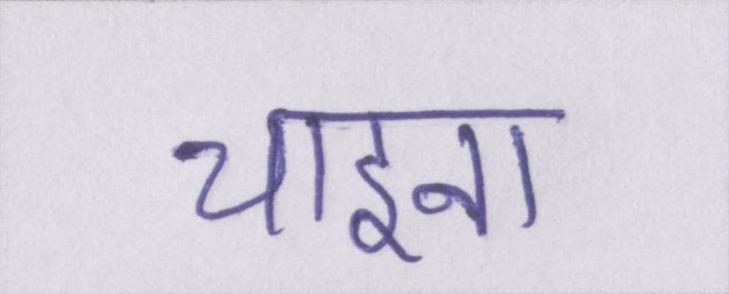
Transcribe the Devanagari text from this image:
चाइना